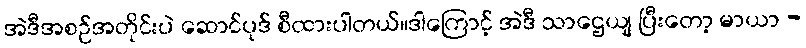
အဲဒီအစဉ်အတိုင်းပဲ ဆောင်ပုဒ် စီထားပါတယ်။ဒါကြောင့် အဲဒီ သာဌေယျ ပြီးတော့ မာယာ -